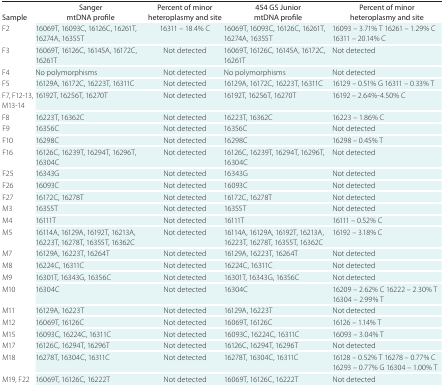
<table><thead><tr><td><b>Sample</b></td><td><b>Sanger mtDNA profile</b></td><td><b>Percent of minor heteroplasmy and site</b></td><td><b>454 GS Junior mtDNA profile</b></td><td><b>Percent of minor heteroplasmy and site</b></td></tr></thead><tbody><tr><td>F2</td><td>16069T, 16093C, 16126C, 16261T, 16274A, 16355T</td><td>16311 – 18.4% C</td><td>16069T, 16093C, 16126C, 16261T, 16274A, 16355T</td><td>16093 – 3.71% T 16261 – 1.29% C 16311 – 20.14% C</td></tr><tr><td>F3</td><td>16069T, 16126C, 16145A, 16172C, 16261T</td><td>Not detected</td><td>16069T, 16126C, 16145A, 16172C, 16261T</td><td>Not detected</td></tr><tr><td>F4</td><td>No polymorphisms</td><td>Not detected</td><td>No polymorphisms</td><td>Not detected</td></tr><tr><td>F5</td><td>16129A, 16172C, 16223T, 16311C</td><td>Not detected</td><td>16129A, 16172C, 16223T, 16311C</td><td>16129 – 0.51% G 16311 – 0.33% T</td></tr><tr><td>F7, F12-13, M13-14</td><td>16192T, 16256T, 16270T</td><td>Not detected</td><td>16192T, 16256T, 16270T</td><td>16192 – 2.64%-4.50% C</td></tr><tr><td>F8</td><td>16223T, 16362C</td><td>Not detected</td><td>16223T, 16362C</td><td>16223 – 1.86% C</td></tr><tr><td>F9</td><td>16356C</td><td>Not detected</td><td>16356C</td><td>Not detected</td></tr><tr><td>F10</td><td>16298C</td><td>Not detected</td><td>16298C</td><td>16298 – 0.45% T</td></tr><tr><td>F16</td><td>16126C, 16239T, 16294T, 16296T, 16304C</td><td>Not detected</td><td>16126C, 16239T, 16294T, 16296T, 16304C</td><td>Not detected</td></tr><tr><td>F25</td><td>16343G</td><td>Not detected</td><td>16343G</td><td>Not detected</td></tr><tr><td>F26</td><td>16093C</td><td>Not detected</td><td>16093C</td><td>Not detected</td></tr><tr><td>F27</td><td>16172C, 16278T</td><td>Not detected</td><td>16172C, 16278T</td><td>Not detected</td></tr><tr><td>M3</td><td>16355T</td><td>Not detected</td><td>16355T</td><td>Not detected</td></tr><tr><td>M4</td><td>16111T</td><td>Not detected</td><td>16111T</td><td>16111 – 0.52% C</td></tr><tr><td>M5</td><td>16114A, 16129A, 16192T, 16213A, 16223T, 16278T, 16355T, 16362C</td><td>Not detected</td><td>16114A, 16129A, 16192T, 16213A, 16223T, 16278T, 16355T, 16362C</td><td>16192 – 3.18% C</td></tr><tr><td>M7</td><td>16129A, 16223T, 16264T</td><td>Not detected</td><td>16129A, 16223T, 16264T</td><td>Not detected</td></tr><tr><td>M8</td><td>16224C, 16311C</td><td>Not detected</td><td>16224C, 16311C</td><td>Not detected</td></tr><tr><td>M9</td><td>16301T, 16343G, 16356C</td><td>Not detected</td><td>16301T, 16343G, 16356C</td><td>Not detected</td></tr><tr><td>M10</td><td>16304C</td><td>Not detected</td><td>16304C</td><td>16209 – 2.62% C 16222 – 2.30% T 16304 – 2.99% T</td></tr><tr><td>M11</td><td>16129A, 16223T</td><td>Not detected</td><td>16129A, 16223T</td><td>Not detected</td></tr><tr><td>M12</td><td>16069T, 16126C</td><td>Not detected</td><td>16069T, 16126C</td><td>16126 – 1.14% T</td></tr><tr><td>M15</td><td>16093C, 16224C, 16311C</td><td>Not detected</td><td>16093C, 16224C, 16311C</td><td>16093 – 3.04% T</td></tr><tr><td>M17</td><td>16126C, 16294T, 16296T</td><td>Not detected</td><td>16126C, 16294T, 16296T</td><td>Not detected</td></tr><tr><td>M18</td><td>16278T, 16304C, 16311C</td><td>Not detected</td><td>16278T, 16304C, 16311C</td><td>16128 – 0.52% T 16278 – 0.77% C 16293 – 0.77% G 16304 – 1.00% T</td></tr><tr><td>M19, F22</td><td>16069T, 16126C, 16222T</td><td>Not detected</td><td>16069T, 16126C, 16222T</td><td>Not detected</td></tr></tbody></table>